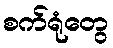
စက်ရုံတွေ